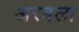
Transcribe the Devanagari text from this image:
अरबला